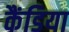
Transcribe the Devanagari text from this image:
कैंडिया